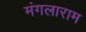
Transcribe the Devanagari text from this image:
मंगलाराम